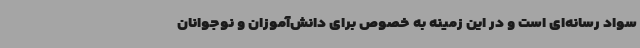
سواد رسانه‌ای است و در این زمینه به‌ خصوص برای دانش‌آموزان و نوجوانان